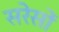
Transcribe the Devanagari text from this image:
सरेसों